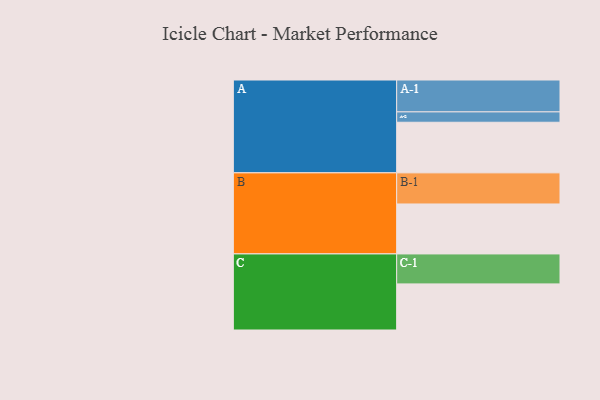
{"axis": {"x": "Segment", "y": "Value"}, "legend": ["", "A", "B", "C"], "data": [{"x": "A", "y": 395, "type": ""}, {"x": "B", "y": 390, "type": ""}, {"x": "C", "y": 360, "type": ""}, {"x": "A-1", "y": 249, "type": "A"}, {"x": "A-2", "y": 81, "type": "A"}, {"x": "B-1", "y": 243, "type": "B"}, {"x": "C-1", "y": 234, "type": "C"}]}